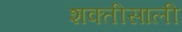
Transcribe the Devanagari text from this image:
शक्तीसाली